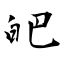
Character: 皅